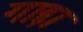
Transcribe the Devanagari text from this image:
गाद्दा